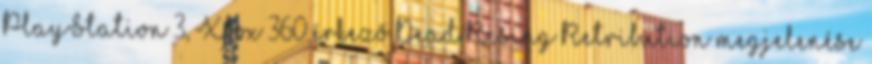
PlayStation 3, Xbox 360 érkező Dead Rising Retribution megjelenése